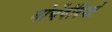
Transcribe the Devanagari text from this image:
मोर्चेबंदियों